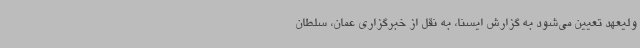
ولیعهد تعیین می‌شود به گزارش ایسنا، به نقل از خبرگزاری عمان، سلطان